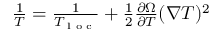
\begin{array} { r } { \frac { 1 } { T } = \frac { 1 } { T _ { \textrm { l o c } } } + \frac { 1 } { 2 } \frac { \partial \Omega } { \partial T } ( \nabla T ) ^ { 2 } } \end{array}